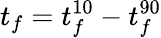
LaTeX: t_{f}=t_{f}^{10}-t_{f}^{90}